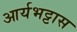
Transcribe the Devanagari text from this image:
आर्यभट्टास